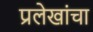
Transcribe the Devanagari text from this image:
प्रलेखांचा